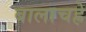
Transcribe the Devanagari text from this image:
बालाचह्रे